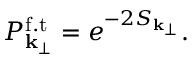
P _ { { \bf k } _ { \perp } } ^ { \mathrm { f . t } } = e ^ { - 2 S _ { { \bf k } _ { \perp } } } .